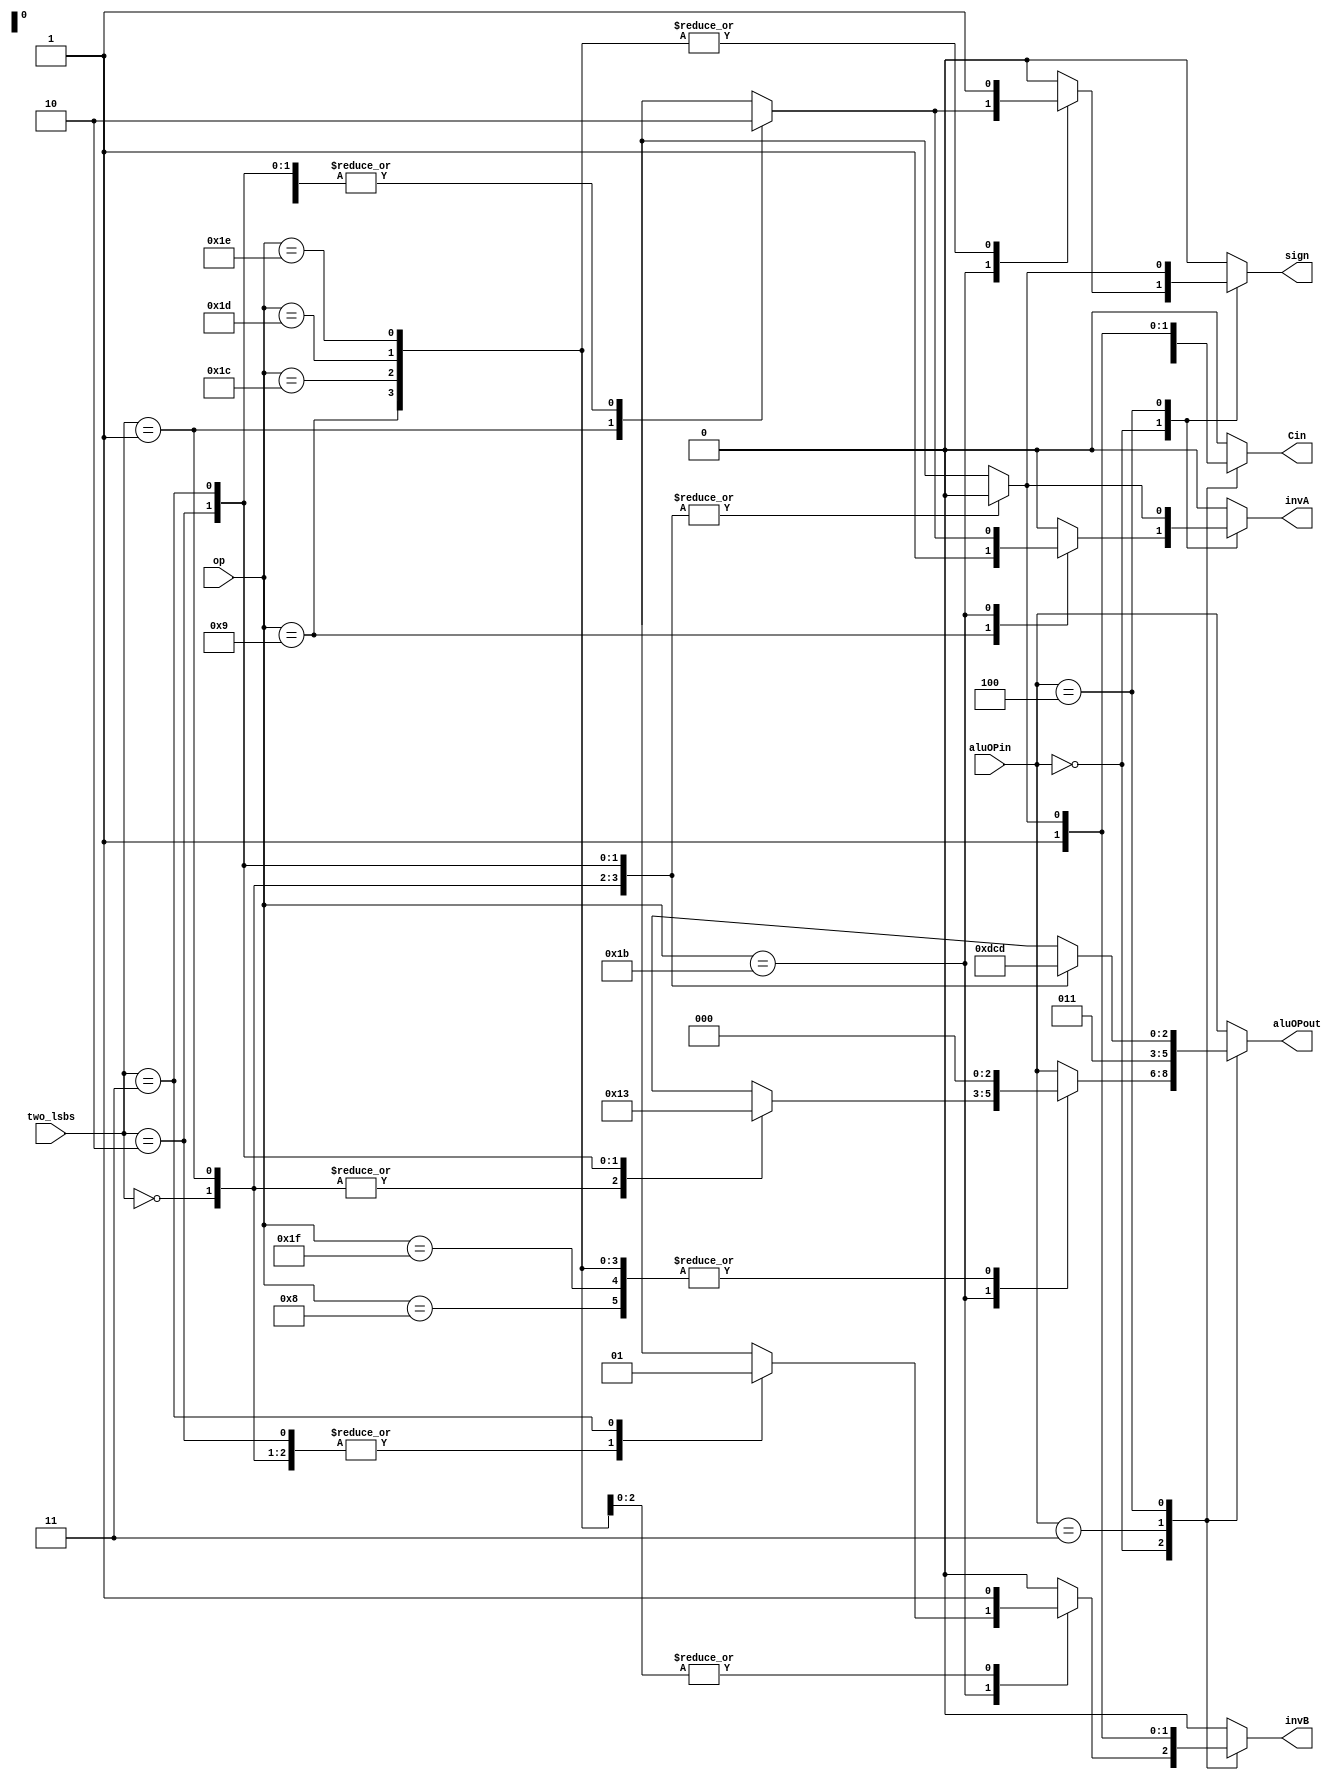
module alu_control_unpipelined(aluOPin, op, two_lsbs, aluOPout, invA, invB, Cin, sign);

input [2:0] aluOPin;
input [4:0] op;
input [1:0] two_lsbs;
output reg [2:0] aluOPout;
output reg invA, invB, Cin, sign;

parameter ADD = 3'b000;
parameter ROR = 3'b001;
parameter XOR = 3'b010;
parameter AND = 3'b011;
parameter SRA = 3'b100;
parameter SRL = 3'b101;
parameter ROL = 3'b110;
parameter SLL = 3'b111;


always @ (aluOPin, op, two_lsbs) begin

	case(aluOPin)
	
		ADD : begin
			case(op)
				//ADDI
				5'b01000 : begin
				aluOPout = ADD;
				invA = 0;
				invB = 0;
				Cin = 0;
				sign = 0;
				end
				
				//SUBI
				5'b01001 : begin
				aluOPout = ADD;
				invA = 1;
				invB = 0;
				Cin = 1;
				sign = 1;
				end

				//ARITH
				5'b11011 : begin
					case(two_lsbs)
					
					//ADD
					2'b00 : begin
					aluOPout = ADD;
					invA = 0;
					invB = 0;
					Cin = 0;
					sign = 0;
					end
					
					//SUB
					2'b01 : begin
					aluOPout = ADD;
					invA = 1;
					invB = 0;
					Cin = 1;
					sign = 1;
					end
					
					//XOR
					2'b10 : begin
					aluOPout = XOR;
					invA = 0;
					invB = 0;
					Cin = 0;
					sign = 0;
					end
					
					//ANDN
					2'b11 : begin
					aluOPout = AND;
					invA = 0;
					invB = 1;
					Cin = 0;
					sign = 0;
					end
					default : aluOPout = aluOPin;
					endcase

				end
				
				//SEQ
				5'b11100 : begin
				aluOPout = ADD;
				invA = 0;
				invB = 1;
				Cin = 1;
				sign = 1;
				end
				
				//SLT
				5'b11101 : begin
				aluOPout = ADD;
				invA = 0;
				invB = 1;
				Cin = 1;
				sign = 1;
				end
				
				//SLE
				5'b11110 : begin
				aluOPout = ADD;
				invA = 0;
				invB = 1;
				Cin = 1;
				sign = 1;
				end
				
				//SCO
				5'b11111 : begin
				aluOPout = ADD;
				invA = 0;
				invB = 0;
				Cin = 0;
				sign = 0;
				end
				
				default : begin
					aluOPout = aluOPin;
					invA = 0;
					invB = 0;
					Cin = 0;
					sign = 0;
					end
				endcase		
		end
		
		ROR : begin
			aluOPout = aluOPin;
			invA = 0;
			invB = 0;
			Cin = 0;
			sign = 0;
		end
		
		//XOR shouldnt need any altering
		XOR : begin
			aluOPout = aluOPin;
			invA = 0;
			invB = 0;
			Cin = 0;
			sign = 0;
		end
		
		AND : begin
			aluOPout = AND;
			invA = 0;
			invB = 1;
			Cin = 1;
			sign = 0;
		end
		
		//SHFT
		SRA : begin
			case(two_lsbs)
			
			//ROL
			2'b00 : begin
				aluOPout = ROL;
				invA = 0;
				invB = 0;
				Cin = 0;
				sign = 0;
			end
			
			//SLL
			2'b01 : begin
				aluOPout = SLL;
				invA = 0;
				invB = 0;
				Cin = 0;
				sign = 0;
			end
			
			//ROR
			2'b10 : begin
				aluOPout = ROR;
				invA = 0;
				invB = 0;
				Cin = 0;
				sign = 0;
			end
			
			//SRL
			2'b11 : begin
				aluOPout = SRL;
				invA = 0;
				invB = 0;
				Cin = 0;
				sign = 0;
			end
			
			
			default : begin
				aluOPout = aluOPin;
				invA = 0;
				invB = 0;
				Cin = 0;
				sign = 0;
			end
			endcase
		end
	
	
	
	
	default : begin
		aluOPout = aluOPin;
		invA = 0;
		invB = 0;
		Cin = 0;
		sign = 0;
		end
	endcase

end



endmodule